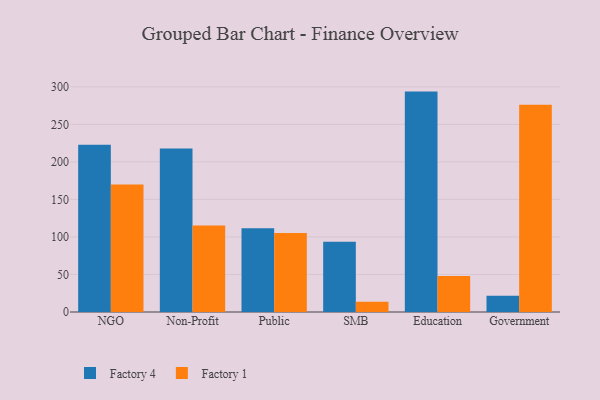
{"axis": {"x": "Segment", "y": "Temperature (°C)"}, "legend": ["Factory 1", "Factory 4"], "data": [{"x": "NGO", "y": 222.7, "type": "Factory 4"}, {"x": "NGO", "y": 169.7, "type": "Factory 1"}, {"x": "Non-Profit", "y": 217.8, "type": "Factory 4"}, {"x": "Non-Profit", "y": 115.1, "type": "Factory 1"}, {"x": "Public", "y": 111.5, "type": "Factory 4"}, {"x": "Public", "y": 105.2, "type": "Factory 1"}, {"x": "SMB", "y": 93.7, "type": "Factory 4"}, {"x": "SMB", "y": 13.8, "type": "Factory 1"}, {"x": "Education", "y": 293.6, "type": "Factory 4"}, {"x": "Education", "y": 47.8, "type": "Factory 1"}, {"x": "Government", "y": 21.5, "type": "Factory 4"}, {"x": "Government", "y": 276.0, "type": "Factory 1"}]}